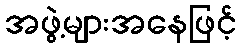
အဖွဲ့များအနေဖြင့်